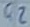
Text: Q2